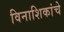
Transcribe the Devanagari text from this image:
विनाशिकांचे